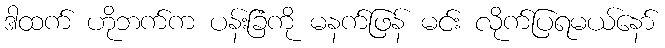
ဒါထက် ဟိုဘက်က ပန်းခြံကို မနက်ဖြန် မင်း လိုက်ပြရမယ်နော်